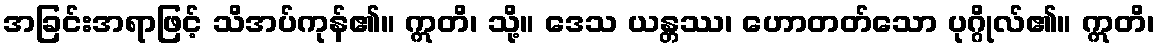
အခြင်းအရာဖြင့် သိအပ်ကုန်၏။ ဣတိ၊ သို့။ ဒေသ ယန္တဿ၊ ဟောတတ်သော ပုဂ္ဂိုလ်၏။ ဣတိ၊